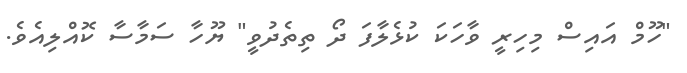
"ހޫމް އައިސް މިހިރީ ވާހަކަ ކުޅެލާފަ ދޯ ތިތެދުވީ" ޔޫހާ ސަމާސާ ކޮއްލިއެވެ.